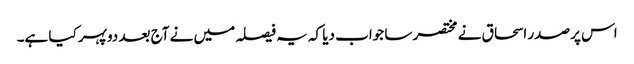
اس پر صدر اسحاق نے مختصر سا جواب دیا کہ یہ فیصلہ میں نے آج بعد دوپہر کیا ہے۔